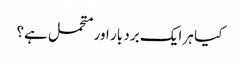
کیا ہر ایک برد بار اور متحمل ہے؟